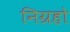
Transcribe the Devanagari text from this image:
निग्रहो